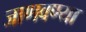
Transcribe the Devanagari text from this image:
जाणवण्या